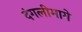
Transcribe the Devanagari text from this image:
दंगलीमागे